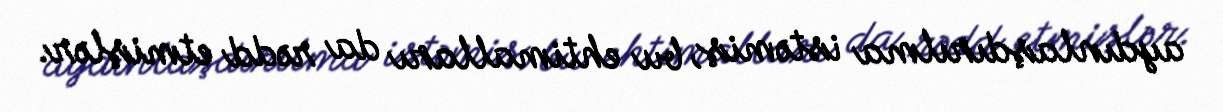
aydınlaşdırılma istəmiş, bu ehtimalları da rədd etmişlər.